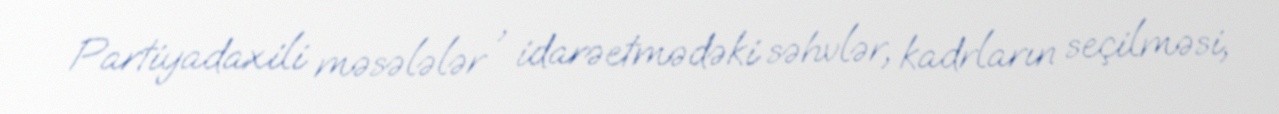
Partiyadaxili məsələlər , idarəetmədəki səhvlər, kadrların seçilməsi,